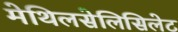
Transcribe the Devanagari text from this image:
मेथिलसेलिसिलेट